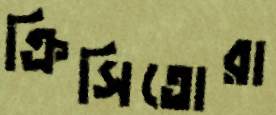
ক্রিসিতোরা